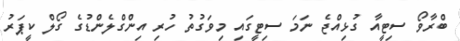
ބްރާވޯ ސިޓީއާ ގުޅިއްޖެ ނަމަ ސިޓީގައި މިވަގުތު ހުރި އިންގްލެންޑުގެ ގޯލް ކީޕަރު